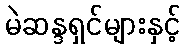
မဲဆန္ဒရှင်များနှင့်